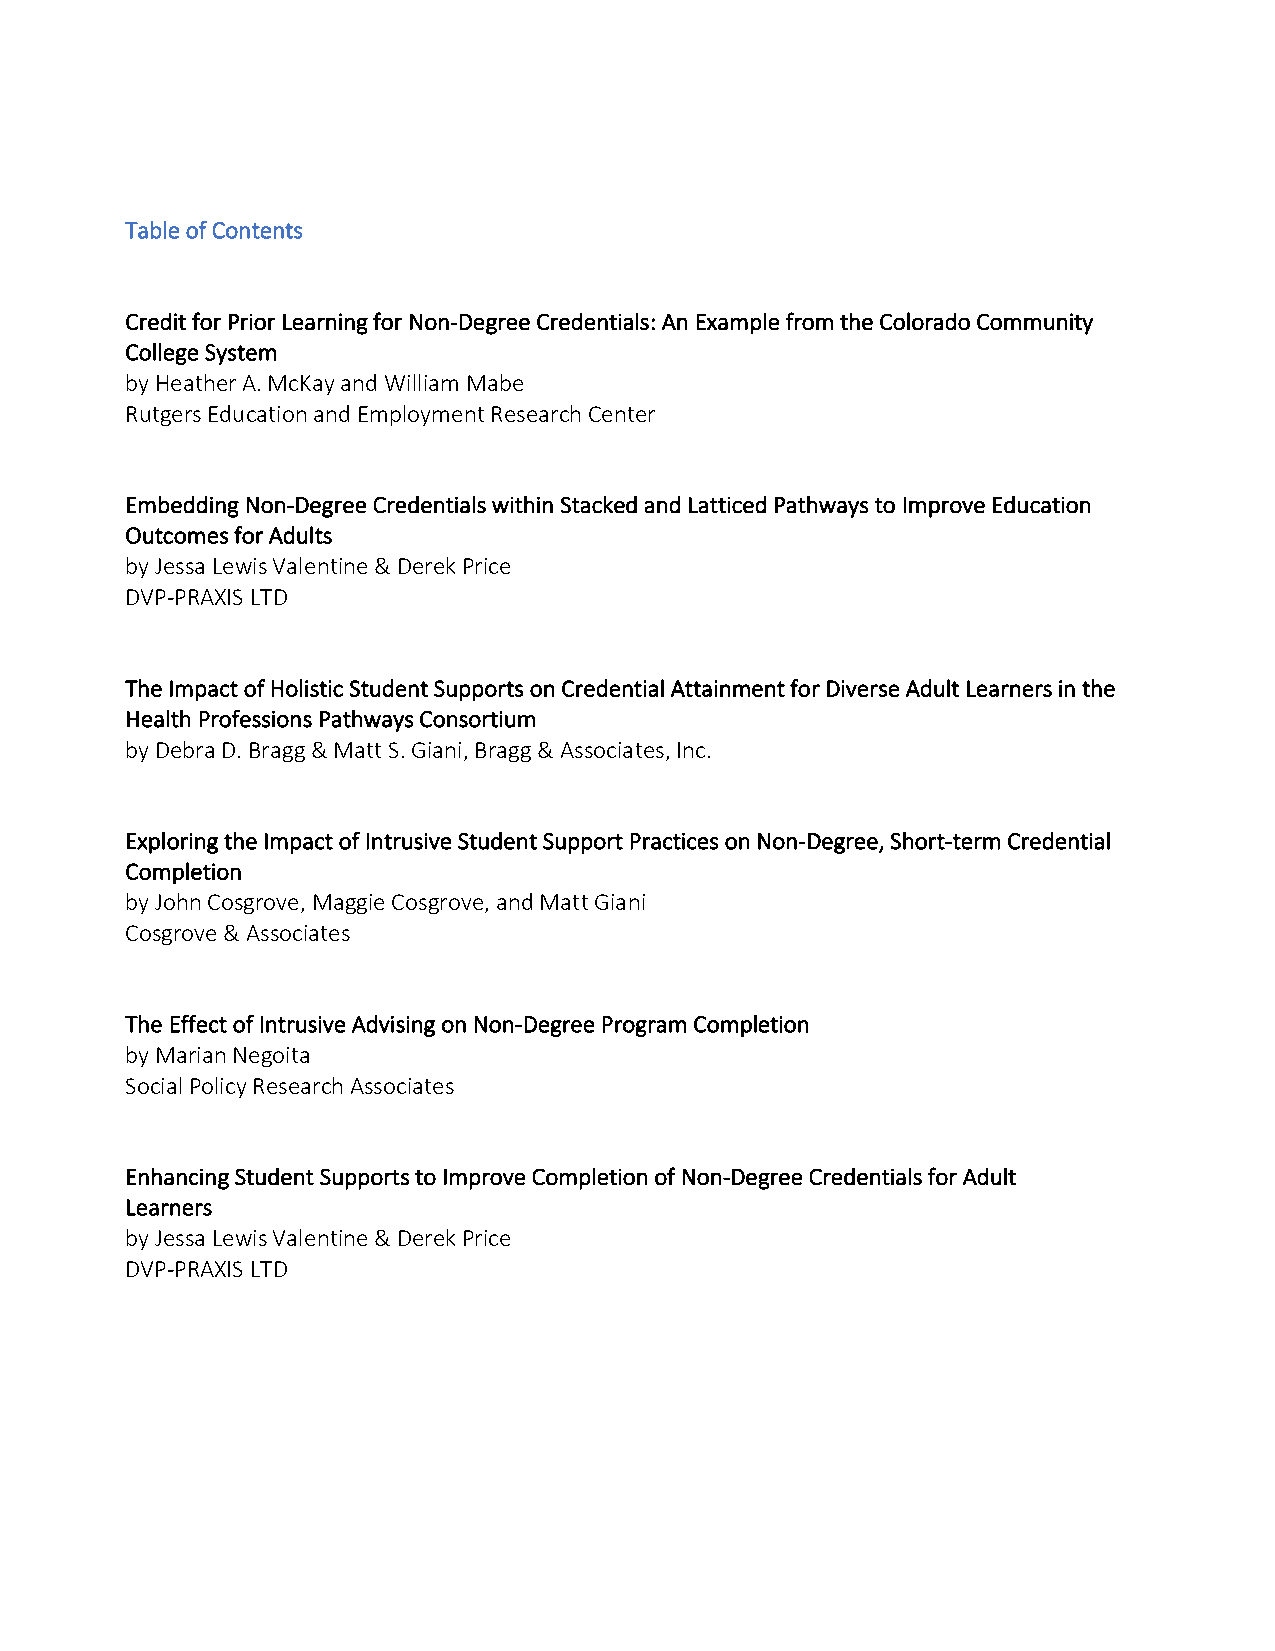
Table of Contents
 Credit for Prior Learning for Non-Degree Credentials: An Example from the Colorado Community
 College System
 by Heather A. McKay and William Mabe
 Rutgers Education and Employment Research Center
 Embedding Non-Degree Credentials within Stacked and Latticed Pathways to Improve Education
 Outcomes for Adults
 by Jessa Lewis Valentine & Derek Price
 DVP-PRAXIS LTD
 The Impact of Holistic Student Supports on Credential Attainment for Diverse Adult Learners in the
 Health Professions Pathways Consortium
 by Debra D. Bragg & Matt S. Giani, Bragg & Associates, Inc.
 Exploring the Impact of Intrusive Student Support Practices on Non-Degree, Short-term Credential
 Completion
 by John Cosgrove, Maggie Cosgrove, and Matt Giani
 Cosgrove & Associates
 The Effect of Intrusive Advising on Non-Degree Program Completion
 by Marian Negoita
 Social Policy Research Associates
 Enhancing Student Supports to Improve Completion of Non-Degree Credentials for Adult
 Learners
 by Jessa Lewis Valentine & Derek Price
 DVP-PRAXIS LTD